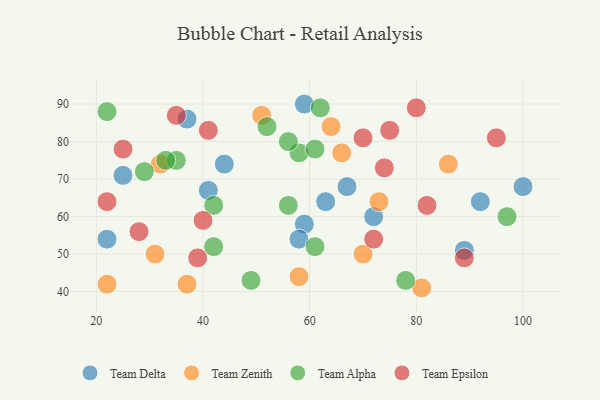
{"axis": {"x": "GDP", "y": "Life Expectancy"}, "legend": ["Team Alpha", "Team Delta", "Team Epsilon", "Team Zenith"], "data": [{"x": "22", "y": 54, "type": "Team Delta"}, {"x": "67", "y": 68, "type": "Team Delta"}, {"x": "63", "y": 64, "type": "Team Delta"}, {"x": "72", "y": 60, "type": "Team Delta"}, {"x": "92", "y": 64, "type": "Team Delta"}, {"x": "37", "y": 86, "type": "Team Delta"}, {"x": "59", "y": 90, "type": "Team Delta"}, {"x": "100", "y": 68, "type": "Team Delta"}, {"x": "59", "y": 58, "type": "Team Delta"}, {"x": "41", "y": 67, "type": "Team Delta"}, {"x": "25", "y": 71, "type": "Team Delta"}, {"x": "58", "y": 54, "type": "Team Delta"}, {"x": "44", "y": 74, "type": "Team Delta"}, {"x": "89", "y": 51, "type": "Team Delta"}, {"x": "70", "y": 50, "type": "Team Zenith"}, {"x": "58", "y": 44, "type": "Team Zenith"}, {"x": "64", "y": 84, "type": "Team Zenith"}, {"x": "81", "y": 41, "type": "Team Zenith"}, {"x": "51", "y": 87, "type": "Team Zenith"}, {"x": "66", "y": 77, "type": "Team Zenith"}, {"x": "86", "y": 74, "type": "Team Zenith"}, {"x": "37", "y": 42, "type": "Team Zenith"}, {"x": "22", "y": 42, "type": "Team Zenith"}, {"x": "31", "y": 50, "type": "Team Zenith"}, {"x": "73", "y": 64, "type": "Team Zenith"}, {"x": "32", "y": 74, "type": "Team Zenith"}, {"x": "97", "y": 60, "type": "Team Alpha"}, {"x": "49", "y": 43, "type": "Team Alpha"}, {"x": "52", "y": 84, "type": "Team Alpha"}, {"x": "58", "y": 77, "type": "Team Alpha"}, {"x": "35", "y": 75, "type": "Team Alpha"}, {"x": "42", "y": 52, "type": "Team Alpha"}, {"x": "22", "y": 88, "type": "Team Alpha"}, {"x": "62", "y": 89, "type": "Team Alpha"}, {"x": "78", "y": 43, "type": "Team Alpha"}, {"x": "33", "y": 75, "type": "Team Alpha"}, {"x": "56", "y": 80, "type": "Team Alpha"}, {"x": "61", "y": 78, "type": "Team Alpha"}, {"x": "61", "y": 52, "type": "Team Alpha"}, {"x": "56", "y": 63, "type": "Team Alpha"}, {"x": "29", "y": 72, "type": "Team Alpha"}, {"x": "42", "y": 63, "type": "Team Alpha"}, {"x": "74", "y": 73, "type": "Team Epsilon"}, {"x": "82", "y": 63, "type": "Team Epsilon"}, {"x": "75", "y": 83, "type": "Team Epsilon"}, {"x": "89", "y": 49, "type": "Team Epsilon"}, {"x": "28", "y": 56, "type": "Team Epsilon"}, {"x": "39", "y": 49, "type": "Team Epsilon"}, {"x": "40", "y": 59, "type": "Team Epsilon"}, {"x": "35", "y": 87, "type": "Team Epsilon"}, {"x": "41", "y": 83, "type": "Team Epsilon"}, {"x": "25", "y": 78, "type": "Team Epsilon"}, {"x": "70", "y": 81, "type": "Team Epsilon"}, {"x": "80", "y": 89, "type": "Team Epsilon"}, {"x": "22", "y": 64, "type": "Team Epsilon"}, {"x": "72", "y": 54, "type": "Team Epsilon"}, {"x": "95", "y": 81, "type": "Team Epsilon"}]}